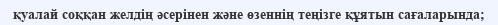
қуалай соққан желдің әсерінен және өзеннің теңізге құятын сағаларында;